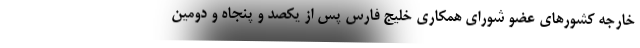
خارجه کشورهای عضو شورای همکاری خلیج فارس پس از یکصد و پنجاه و دومین